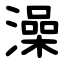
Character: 澡